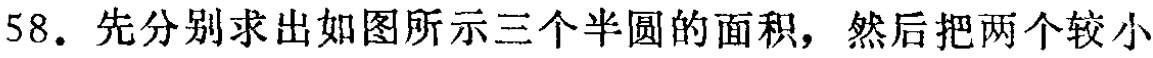
58. 先分别求出如图所示三个半圆的面积，然后把两个较小